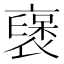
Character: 襃